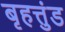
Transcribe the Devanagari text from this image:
बृहत्तुंड